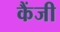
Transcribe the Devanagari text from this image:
कैंजी